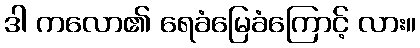
ဒါ ကလော၏ ရေခံမြေခံကြောင့် လား။